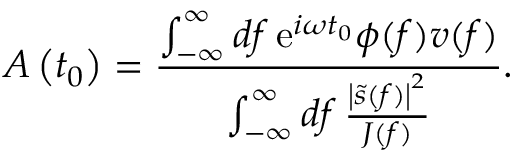
A \left( t _ { 0 } \right) = \frac { \int _ { - \infty } ^ { \infty } \mathop { d f } \mathrm { e } ^ { i \omega t _ { 0 } } \phi ( f ) v ( f ) } { \int _ { - \infty } ^ { \infty } \mathop { d f } \frac { \left| \tilde { s } ( f ) \right| ^ { 2 } } { J ( f ) } } .